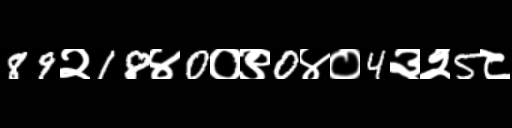
Text: 89२18४0०९0४०4३२5८